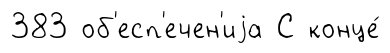
383 об'есп'ечен'иjа С конце́